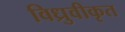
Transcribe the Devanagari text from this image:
विध्रुवीकृत